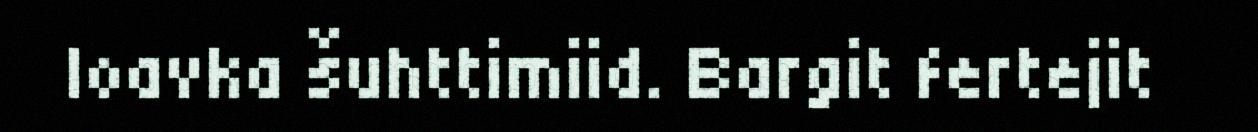
loavka šuhttimiid. Bargit fertejit